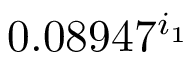
0 . 0 8 9 4 7 ^ { i _ { 1 } }